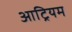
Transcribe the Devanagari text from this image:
आट्रियम